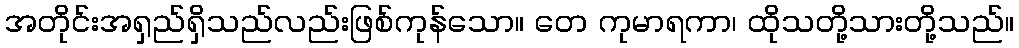
အတိုင်းအရှည်ရှိသည်လည်းဖြစ်ကုန်သော။ တေ ကုမာရကာ၊ ထိုသတို့သားတို့သည်။